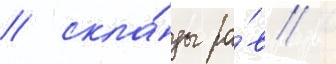
/ скла́ды ра́в /